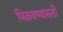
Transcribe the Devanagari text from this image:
मिळवण्यासठी